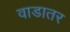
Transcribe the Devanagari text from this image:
वाडातर